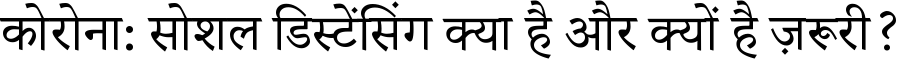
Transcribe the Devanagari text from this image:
कोरोना: सोशल डिस्टेंसिंग क्या है और क्यों है ज़रूरी?